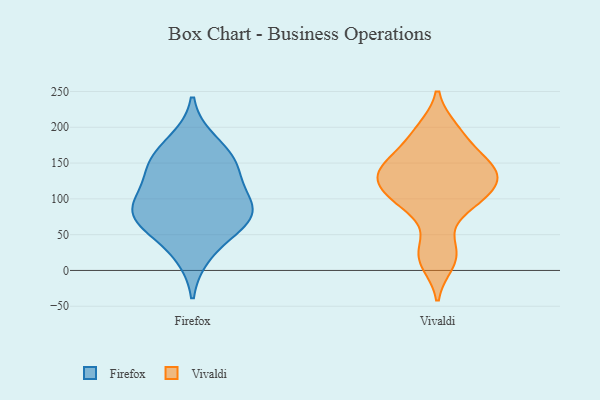
{"axis": {"x": "Gross Profit (USD K)", "y": "Value"}, "legend": ["Firefox", "Vivaldi"], "data": [{"x": "", "y": 104, "type": "Firefox"}, {"x": "", "y": 23, "type": "Firefox"}, {"x": "", "y": 149, "type": "Firefox"}, {"x": "", "y": 63, "type": "Firefox"}, {"x": "", "y": 95, "type": "Firefox"}, {"x": "", "y": 180, "type": "Firefox"}, {"x": "", "y": 76, "type": "Firefox"}, {"x": "", "y": 151, "type": "Firefox"}, {"x": "", "y": 70, "type": "Firefox"}, {"x": "", "y": 82, "type": "Firefox"}, {"x": "", "y": 142, "type": "Firefox"}, {"x": "", "y": 90, "type": "Vivaldi"}, {"x": "", "y": 93, "type": "Vivaldi"}, {"x": "", "y": 197, "type": "Vivaldi"}, {"x": "", "y": 123, "type": "Vivaldi"}, {"x": "", "y": 20, "type": "Vivaldi"}, {"x": "", "y": 125, "type": "Vivaldi"}, {"x": "", "y": 140, "type": "Vivaldi"}, {"x": "", "y": 176, "type": "Vivaldi"}, {"x": "", "y": 196, "type": "Vivaldi"}, {"x": "", "y": 11, "type": "Vivaldi"}, {"x": "", "y": 140, "type": "Vivaldi"}, {"x": "", "y": 101, "type": "Vivaldi"}, {"x": "", "y": 153, "type": "Vivaldi"}, {"x": "", "y": 129, "type": "Vivaldi"}, {"x": "", "y": 133, "type": "Vivaldi"}, {"x": "", "y": 32, "type": "Vivaldi"}, {"x": "", "y": 154, "type": "Vivaldi"}, {"x": "", "y": 101, "type": "Vivaldi"}]}